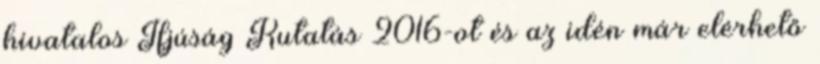
hivatalos Ifjúság Kutatás 2016-ot és az idén már elérhető